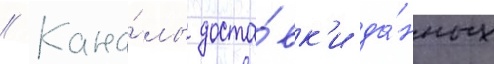
// Кана́лы доста́вк'и да́нных